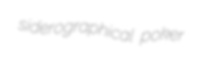
siderographical poker